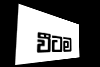
වීටම